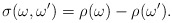
\begin{align*}\sigma(\omega,\omega^\prime)=\rho(\omega)-\rho(\omega^\prime). \end{align*}